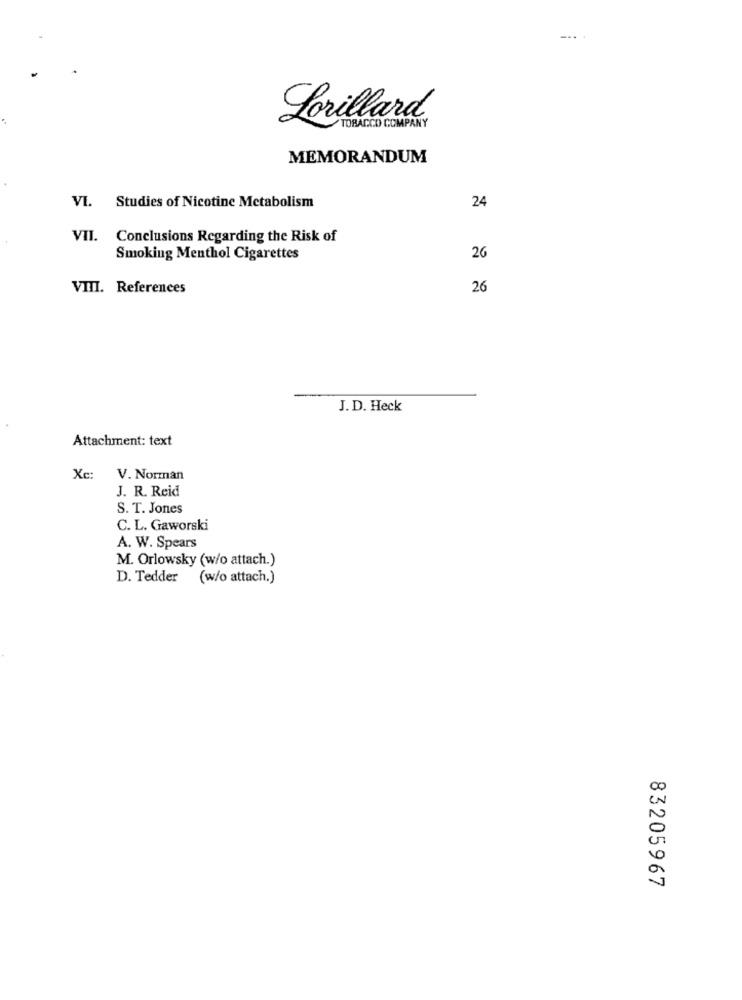
Lorillard
TOBACCO COMPANY
MEMORANDUM
Studies of Nicotine Metabolism
24
VI.
VII. Conclusions Regarding the Risk of
Smoking Menthol Cigarettes
26
VIII. References
26
J. D. Heck
Attachment: text
Xc:
V. Norman
J. R. Reid
S. T. Jones
C. L. Gaworski
A. W. Spears
M. Orlowsky (w/o attach.)
D. Tedder
(w/o attach.)
CO
0
83205967